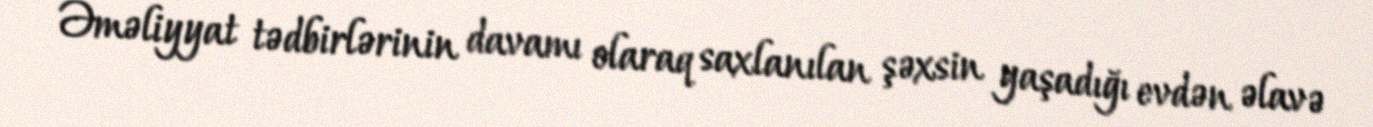
Əməliyyat tədbirlərinin davamı olaraq saxlanılan şəxsin yaşadığı evdən əlavə